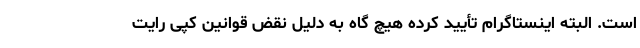
است. البته اینستاگرام تأیید کرده هیچ گاه به دلیل نقض قوانین کپی رایت